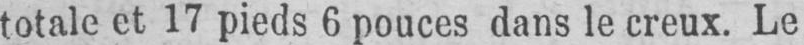
totale et 17 pieds 6 pouces dans le creux. Le